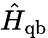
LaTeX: \hat{H}_{\mathrm{qb}}